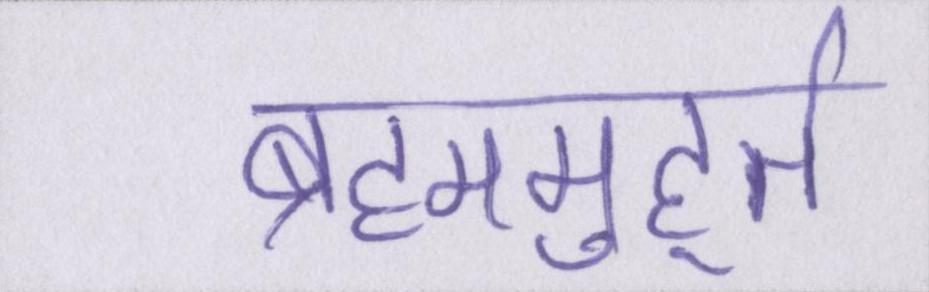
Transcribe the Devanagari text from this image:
ब्रह्ममुहूर्त